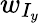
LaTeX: w_{I_{y}}